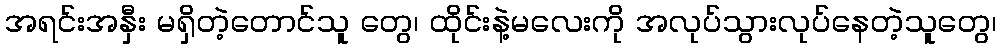
အရင်းအနှီး မရှိတဲ့တောင်သူ တွေ၊ ထိုင်းနဲ့မလေးကို အလုပ်သွားလုပ်နေတဲ့သူတွေ၊